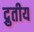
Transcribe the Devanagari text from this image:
द्रुतीय